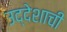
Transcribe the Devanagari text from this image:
उद्देशाची